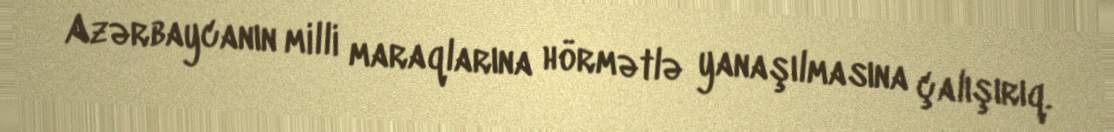
Azərbaycanın milli maraqlarına hörmətlə yanaşılmasına çalışırıq.